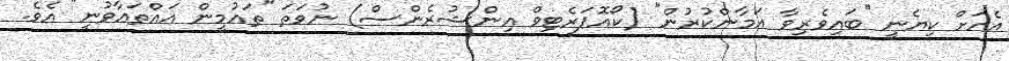
އެއަށް ކިޔެނީ ''ބައިވެރިވާ އަމާންކުރުން'' (ކޯއޮޕަރެޓިވް އިންޝުރެންސް) ނުވަތަ ''ތައުމީން އައްތަޢާވުނީ'' އެވެ.